Scottish Leaving Certificate Examination, 1958
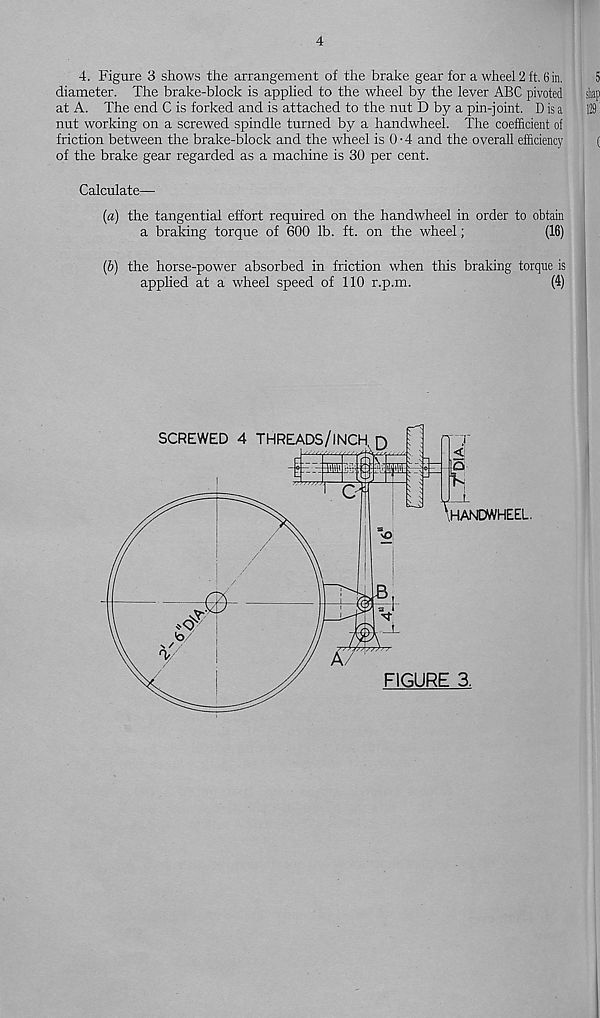
4
4. Figure 3 shows the arrangement of the brake gear for a wheel 2 ft. 6 in.
5
diameter. The brake-block is applied to the wheel by the lever ABC pivoted shap
at A. The end C is forked and is attached to the nut D by a pin-joint. D is a
129
nut working on a screwed spindle turned by a handwheel. The coefficient of
friction between the brake-block and the wheel is 0-4 and the overall efficiency
(
of the brake gear regarded as a machine is 30 per cent.
Calculate—
(a) the tangential effort required on the handwheel in order to obtain
a braking torque of 600 lb. ft. on the wheel;
(16)
(5) the horse-power absorbed in friction when this braking torque is
applied at a wheel speed of 110 r.p.m.
(4)